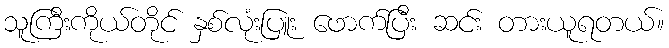
သူကြီးကိုယ်တိုင် နှစ်လုံးပြူး ဖောက်ပြီး ဆင်း တားယူရတယ်။